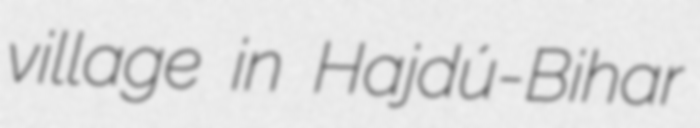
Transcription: village in Hajdú-Bihar